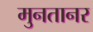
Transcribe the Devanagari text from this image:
मुनतानर